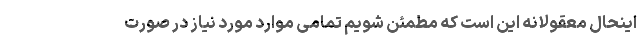
اینحال معقولانه این است که مطمئن شویم تمامی موارد مورد نیاز در صورت